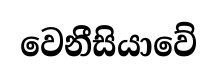
වෙනීසියාවේ